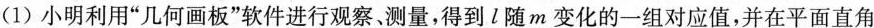
(1)小明利用”几何画板”软件进行观察、测量，得到l随m变化的一组对应值，并在平面直角